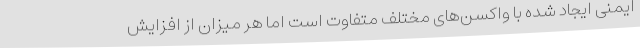
ایمنی ایجاد شده با واکسن‌های مختلف متفاوت است اما هر میزان از افزایش